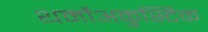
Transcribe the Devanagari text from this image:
थर्मोअकुस्टिक